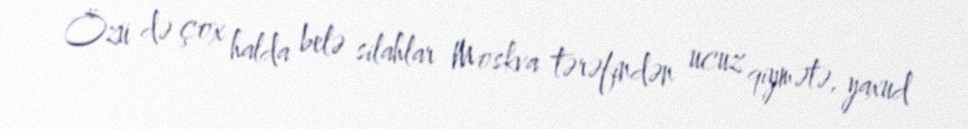
Özü də çox halda belə silahlar Moskva tərəfindən ucuz qiymətə, yaxud